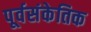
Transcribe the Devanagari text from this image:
पूर्वसंकेतिक